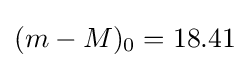
(m-M)_{0}=18.41